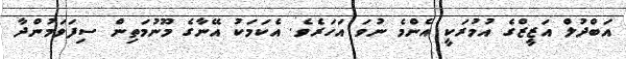
އަބްދުލް އަޒީޒްގެ އުމުރަކީ އެންމެ ނުވަ އަހަރެވެ. އެކަމަކު އޭނާގެ މޫނުމަތިން ސިފަވަމުންދާ